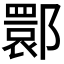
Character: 𬪗